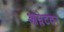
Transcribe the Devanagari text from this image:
आम्लेटवर